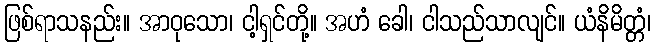
ဖြစ်ရာသနည်း။ အာဝုသော၊ ငါ့ရှင်တို့။ အဟံ ခေါ၊ ငါသည်သာလျင်။ ယံနိမိတ္တံ၊